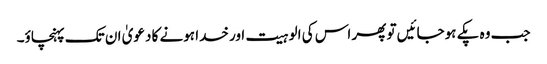
جب وہ پکے ہوجائیں تو پھر اس کی الوہیت اور خدا ہونے کا دعویٰ ان تک پہنچاؤ۔